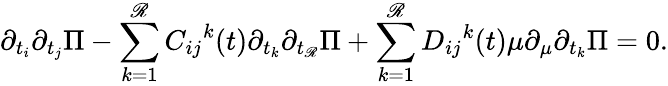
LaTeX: \partial_{t_{i}}\partial_{t_{j}}\Pi-\sum_{k=1}^{\mathscr{R}}{C_{ij}}^{k}(t)\partial_{t_{k}}\partial_{t_{\mathscr{R}}}\Pi+\sum_{k=1}^{\mathscr{R}}{D_{ij}}^{k}(t)\mu\partial_{\mu}\partial_{t_{k}}\Pi=0.